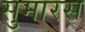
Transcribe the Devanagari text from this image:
सुमारस